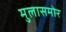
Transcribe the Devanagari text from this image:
मुलासमोर